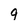
Character: 9